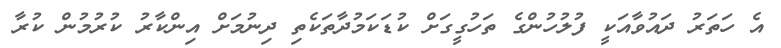
އެ ހަތަރު ދައުވާއަކީ ފުލުހުންގެ ތަހުގީގަށް ކުޑަކަމުދާތަކެތި ދިނުމަށް އިންކާރު ކުރުމުން ކުރާ